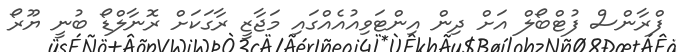
ފްރާންސް ފުޓްބޯލް އަށް ދިން އިންޓަވިއުއެއްގައި މަޖާޒީ ރާގަކަށް ރޮނާލްޑޯ ބުނީ ޔޫރޯ